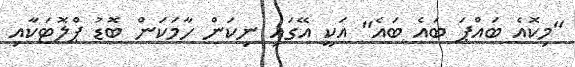
"މިކޮއެ ބައްޕަ ބައެ ބައެ" އަކީ އޭގައި ނިކަން ހާމަކަން ބޮޑު ޕްލޮޓަކާއި